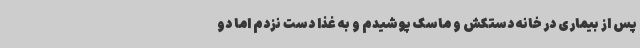
پس از بیماری در خانه دستکش و ماسک پوشیدم و به غذا دست نزدم اما دو